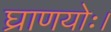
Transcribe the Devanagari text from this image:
घ्राणयोः।